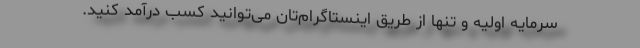
سرمایه اولیه و تنها از طریق اینستاگرام‌تان می‌توانید کسب درآمد کنید.